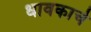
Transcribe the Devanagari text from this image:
धावकाचे